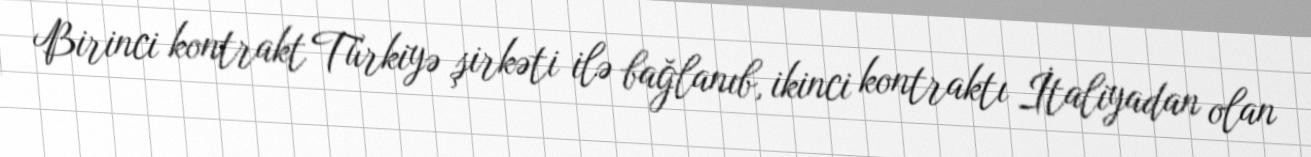
Birinci kontrakt Türkiyə şirkəti ilə bağlanıb, ikinci kontraktı İtaliyadan olan